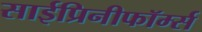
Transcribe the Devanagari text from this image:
साईप्रिनीफॉर्म्स